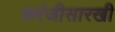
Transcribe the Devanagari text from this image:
करंजीसारखी